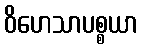
ဝိဟေသာပစ္စယာ